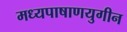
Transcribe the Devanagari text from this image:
मध्यपाषाणयुगीन